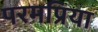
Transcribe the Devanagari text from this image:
परमप्रिया